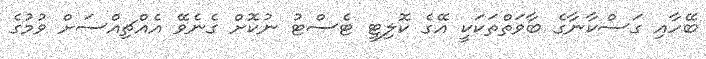
ބޭހާއި ގަސްކާނާގެ ބާވަތްތަކަކީ އޭގެ ކޮލިޓީ ޓެސްޓު ނުކޮށް ގެނެވޭ އެއްޗިއްސަށް ވުމުގެ